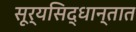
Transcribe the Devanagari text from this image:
सूर्यसिद्धान्तात